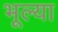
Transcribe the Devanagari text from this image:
भूल्या